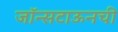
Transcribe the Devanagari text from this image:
जॉन्सटाऊनची